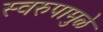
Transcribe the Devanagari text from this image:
स्वरुपामुळे